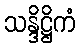
သန္ဒိဋ္ဌိကံ